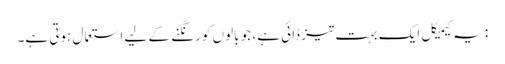
: یہ کیمیکل ایک بہت تیز ڈائی ہے، جو بالوں کو رنگنے کے لیے استعمال ہوتی ہے۔